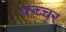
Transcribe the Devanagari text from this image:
फच्चर